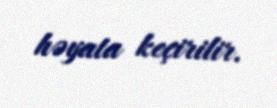
həyata keçirilir.